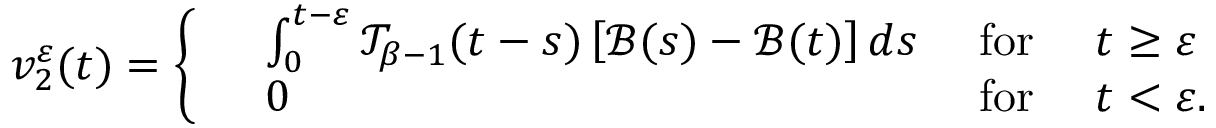
v _ { 2 } ^ { \varepsilon } ( t ) = \left\{ \begin{array} { r l r l } & { \int _ { 0 } ^ { t - \varepsilon } \mathcal { T } _ { \beta - 1 } ( t - s ) \left[ \mathcal { B } ( s ) - \mathcal { B } ( t ) \right] d s } & { \mathrm { ~ f o r ~ } } & { t \geq \varepsilon } \\ & { 0 } & { \mathrm { ~ f o r ~ } } & { t < \varepsilon . } \end{array} \right.